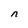
Character: n